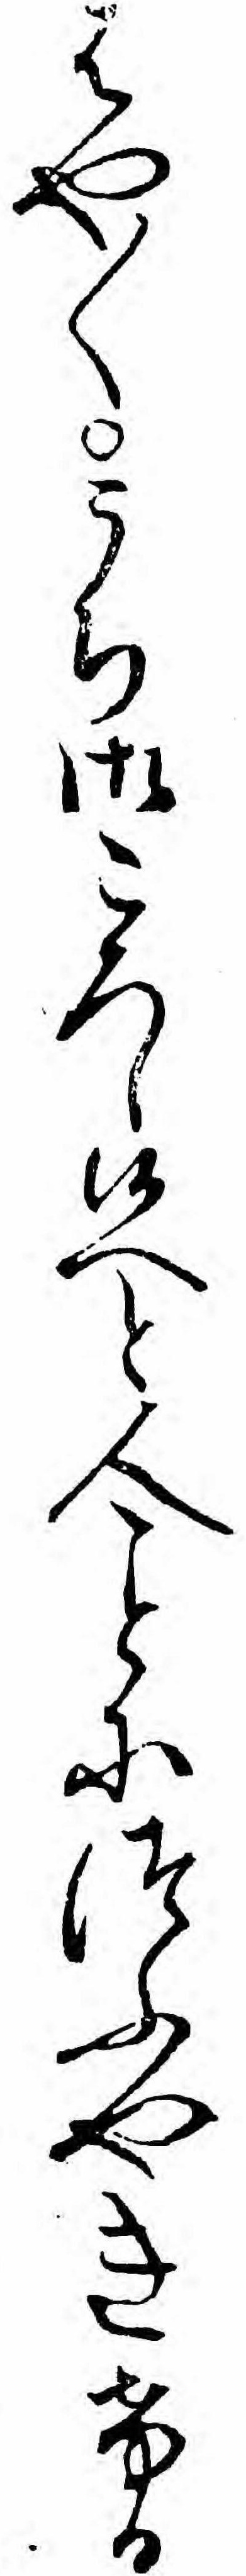
はや〱うち御ころし候へと人につふやきける